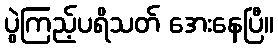
ပွဲကြည့်ပရိသတ် အေးနေပြီ။